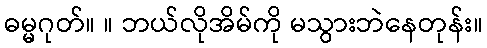
ဓမ္မဂုတ်။ ။ ဘယ်လိုအိမ်ကို မသွားဘဲနေတုန်း။